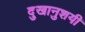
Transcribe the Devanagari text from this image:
दुखानुशयी